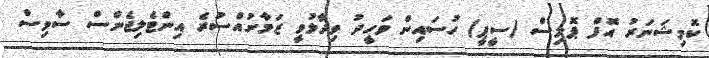
ކޮމިޝަނަރު އޮފް ޕޮލިސް (ސީޕީ) ހުސައިން ވަހީދު ވިދާޅުވީ ޒަމާނުއްސުރެ އިންޓެލިޖެންސް ސާވިސް